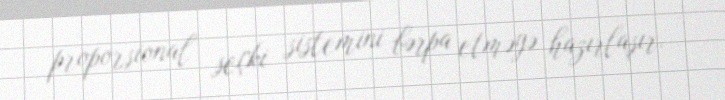
proporsional seçki sistemini bərpa etməyə hazırlaşır.